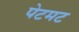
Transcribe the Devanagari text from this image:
पेटमट